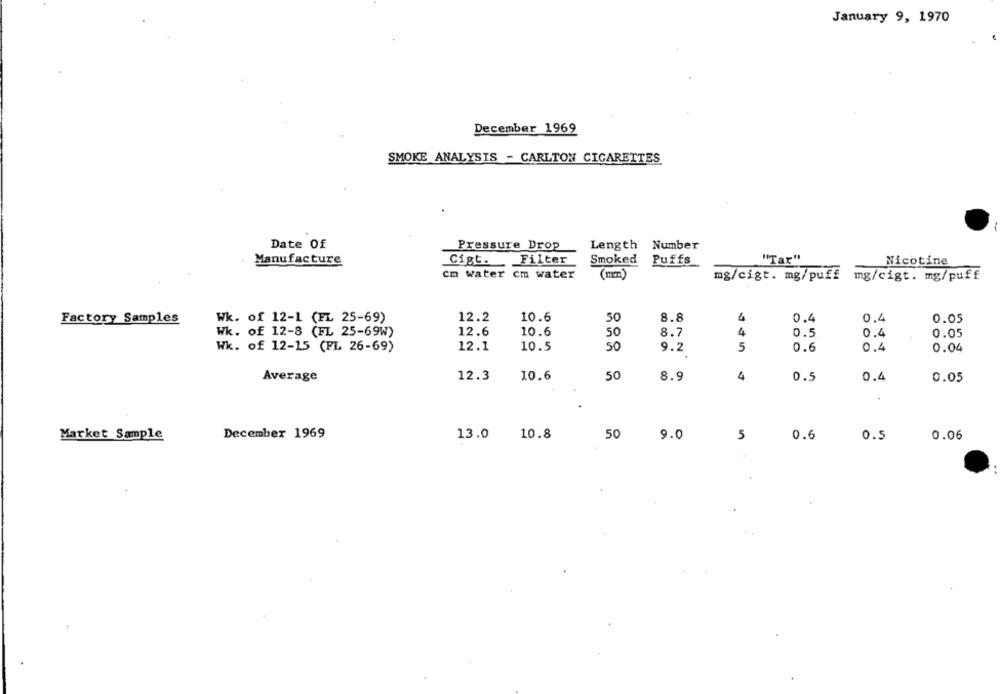
January 9, 1970
December 1969
SMOKE ANALYSIS - CARLTON CIGARETTES
Date Of
Pressure Drop
Length Number
Manufacture
Cigt.
Cigt. Filter
Smoked
Puffs
"Tar"
Nicotine
Cm water cm water
(mm)
mg/cigt. mg/puff
mg/cigt. mg/puff
Factory Samples
12.2
10.6
50
8.8
4
0.4
0.4
0.05
Wk. of 12-1 (FL 25-69)
Wk. of 12-8 (FL 25-69W)
12.6
10.6
50
8.7
4
0.5
0.4
0.05
Wk. of 12-15 (FL 26-69)
12.1
10.5
50
5
9.2
0.6
0.4
0.04
50
Average
12.3
10.6
8.9
4
0.5
0.4
0.05
Market Sample
December 1969
13.0
10.8
50
9.0
5
0.6
0.5
0.06